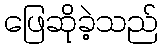
ဖြေဆိုခဲ့သည်